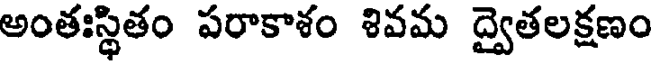
అంతఃస్థితం పరాకాశం శివమ ద్వైతలక్షణం